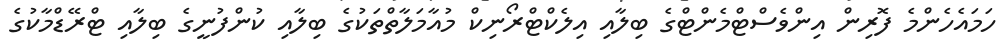
ހަމައެހެންމެ ފޮރިން އިންވެސްޓްމެންޓްގެ ބިލާއި އިލެކްޓްރޯނިކް މުއާމަލާތްތަކުގެ ބިލާއި ކުންފުނީގެ ބިލާއި ޓްރޭޑްމާކުގެ